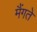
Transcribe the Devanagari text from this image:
मैंगते